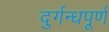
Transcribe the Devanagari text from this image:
दुर्गन्धपूर्ण